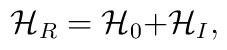
\mathcal{H}_{R}=\mathcal{H}_{0}\mathcal{+H}_{I},